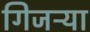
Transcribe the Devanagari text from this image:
गिजऱ्या